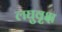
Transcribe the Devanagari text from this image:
लघुवृक्ष